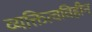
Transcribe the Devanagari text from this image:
व्यक्तित्वविहीन